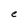
Character: e